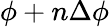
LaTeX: \phi+n\Delta\phi